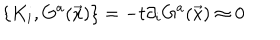
\{ K _ { i } , G ^ { a } ( \vec { x } ) \} = - t \partial _ { i } G ^ { a } ( \vec { x } ) \approx 0